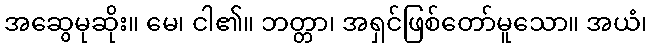
အဆွေမုဆိုး။ မေ၊ ငါ၏။ ဘတ္တာ၊ အရှင်ဖြစ်တော်မူသော။ အယံ၊